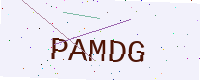
Text: PAMDG